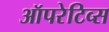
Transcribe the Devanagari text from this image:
ऑपरेटिव्स